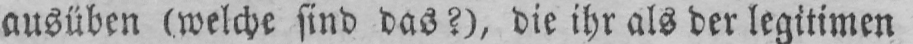
ausüben (welche sind das?), die ihr als der legitimen